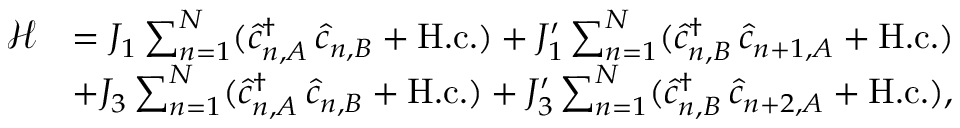
\begin{array} { r l } { \mathcal { H } } & { = J _ { 1 } \sum _ { n = 1 } ^ { N } ( \hat { c } _ { n , A } ^ { \dagger } \, \hat { c } _ { n , B } + \mathrm { H . c . } ) + J _ { 1 } ^ { \prime } \sum _ { n = 1 } ^ { N } ( \hat { c } _ { n , B } ^ { \dagger } \, \hat { c } _ { n + 1 , A } + \mathrm { H . c . } ) } \\ & { + J _ { 3 } \sum _ { n = 1 } ^ { N } ( \hat { c } _ { n , A } ^ { \dagger } \, \hat { c } _ { n , B } + \mathrm { H . c . } ) + J _ { 3 } ^ { \prime } \sum _ { n = 1 } ^ { N } ( \hat { c } _ { n , B } ^ { \dagger } \, \hat { c } _ { n + 2 , A } + \mathrm { H . c . } ) , } \end{array}